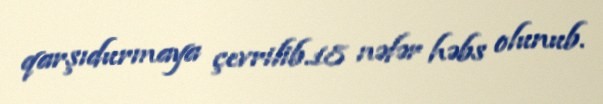
qarşıdurmaya çevrilib.18 nəfər həbs olunub.